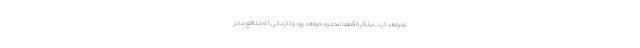
نخواهد کرد. مذاکره قطعا محدود خواهد بود و تا زمانی که منافع ما در